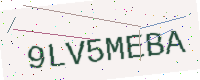
Text: 9LV5MEBA